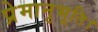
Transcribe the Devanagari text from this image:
प्रेमानुभूति।